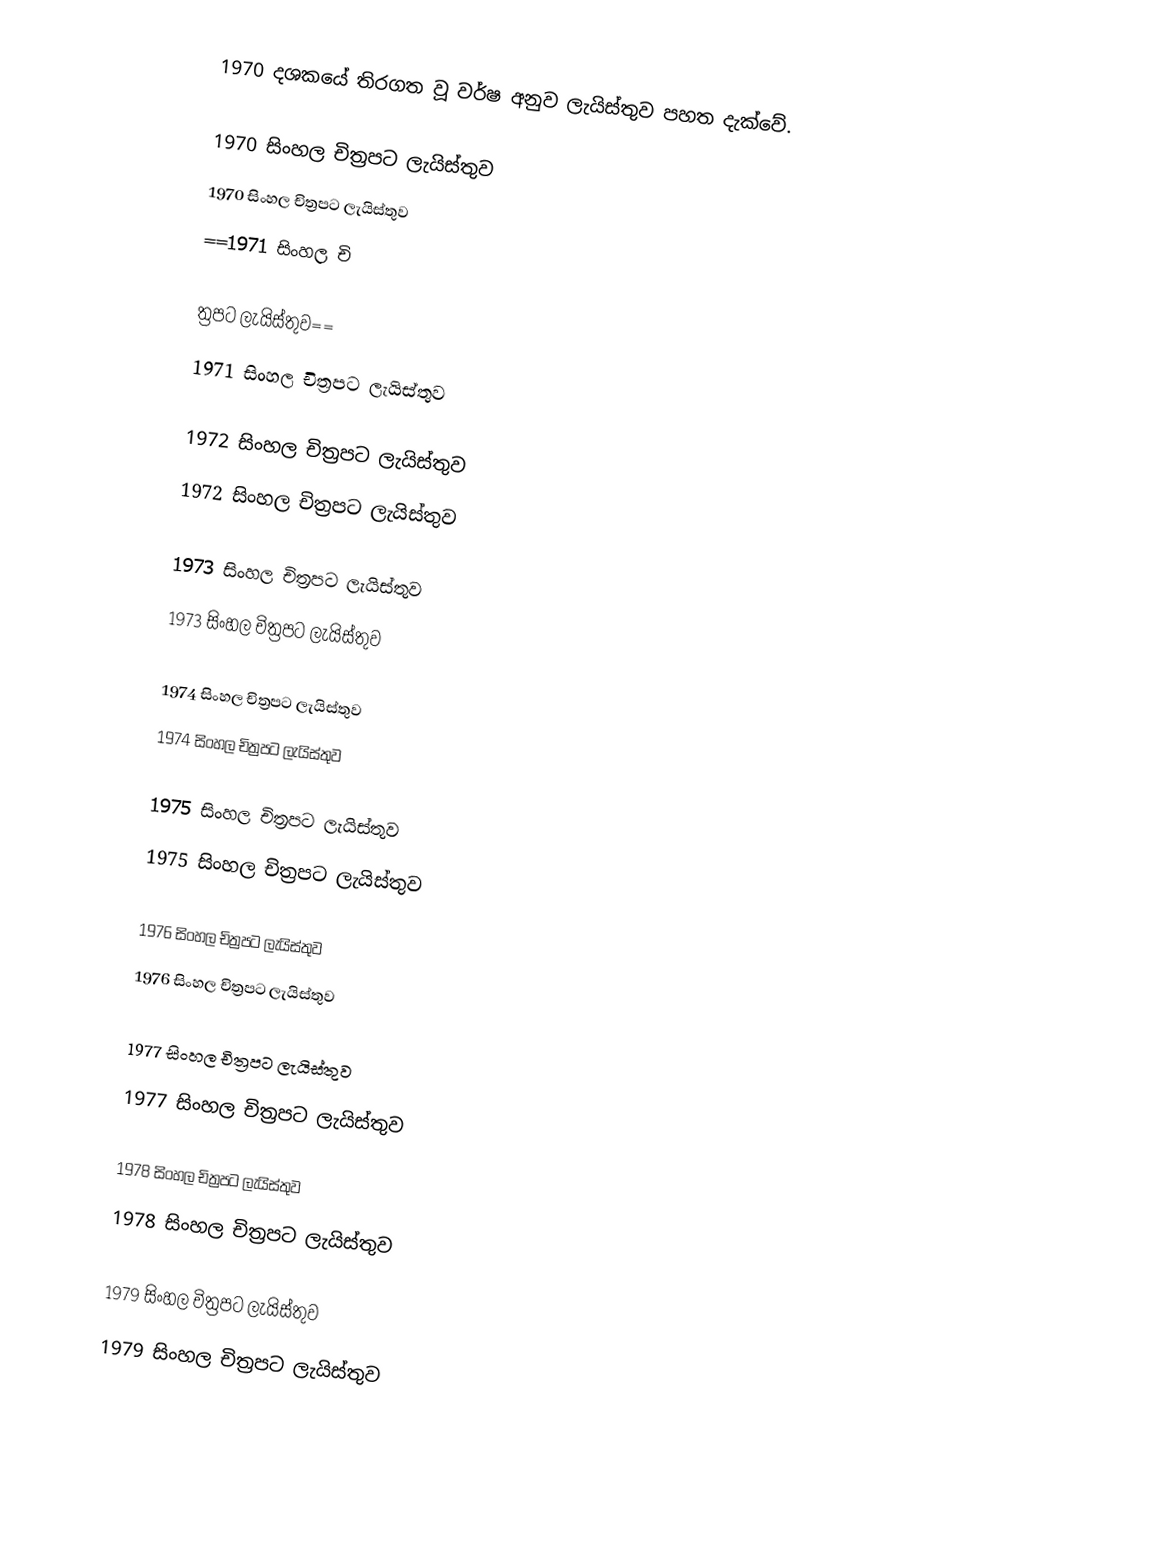
1970 දශකයේ තිරගත වූ වර්ෂ අනුව ලැයිස්තුව පහත දැක්වේ.

1970 සිංහල චිත්‍රපට ලැයිස්තුව
1970 සිංහල චිත්‍රපට ලැයිස්තුව
==1971 සිංහල චි

ත්‍රපට ලැයිස්තුව==
1971 සිංහල චිත්‍රපට ලැයිස්තුව

1972 සිංහල චිත්‍රපට ලැයිස්තුව
1972 සිංහල චිත්‍රපට ලැයිස්තුව

1973 සිංහල චිත්‍රපට ලැයිස්තුව
1973 සිංහල චිත්‍රපට ලැයිස්තුව

1974 සිංහල චිත්‍රපට ලැයිස්තුව
1974 සිංහල චිත්‍රපට ලැයිස්තුව

1975 සිංහල චිත්‍රපට ලැයිස්තුව
1975 සිංහල චිත්‍රපට ලැයිස්තුව

1976 සිංහල චිත්‍රපට ලැයිස්තුව
1976 සිංහල චිත්‍රපට ලැයිස්තුව

1977 සිංහල චිත්‍රපට ලැයිස්තුව
1977 සිංහල චිත්‍රපට ලැයිස්තුව

1978 සිංහල චිත්‍රපට ලැයිස්තුව
1978 සිංහල චිත්‍රපට ලැයිස්තුව

1979 සිංහල චිත්‍රපට ලැයිස්තුව
1979 සිංහල චිත්‍රපට ලැයිස්තුව